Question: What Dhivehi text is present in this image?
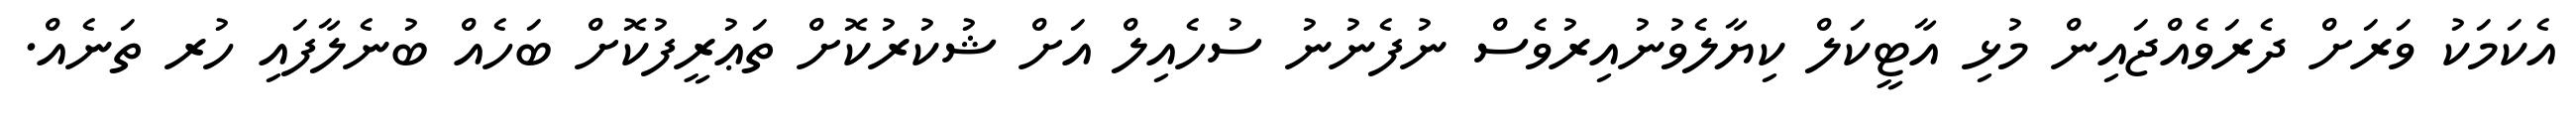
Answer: އެކަމަކު ވަރަށް ދެރަވެއްޖައިން މުޅި އާޓީކަލް ކިޔާލެވުނުއިރުވެސް ނުފެނުނު ސުހެއިލް އަށް ޝުކުރުކޮށް ތަޢުރީފުކޮށް ބަހެއް ބުނެލާފައި ހުރ ތަނެއް.